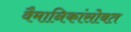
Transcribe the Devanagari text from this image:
वैमानिकांसोबत